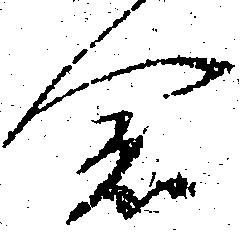
念